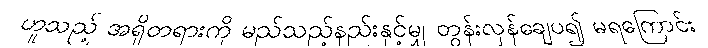
ဟူသည့် အရှိတရားကို မည်သည့်နည်းနှင့်မျှ တွန်းလှန်ချေပ၍ မရကြောင်း